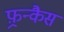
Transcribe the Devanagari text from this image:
फ़्रन्कैस